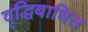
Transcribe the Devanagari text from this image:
वृद्धिबाधित